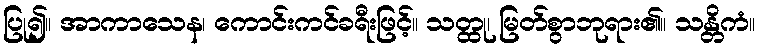
ပြု၍။ အာကာသေန၊ ကောင်းကင်ခရီးဖြင့်။ သတ္ထု၊ မြတ်စွာဘုရား၏။ သန္တိကံ။